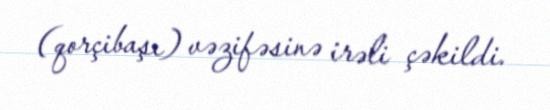
(qorçibaşı) vəzifəsinə irəli çəkildi.